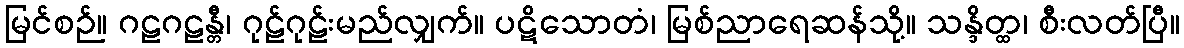
မြင်စဉ်။ ဂဠဂဠန္တီ၊ ဂုဠ်ဂုဠ်းမည်လျှက်။ ပဋိသောတံ၊ မြစ်ညာရေဆန်သို့။ သန္ဒိတ္ထ၊ စီးလတ်ပြီ။